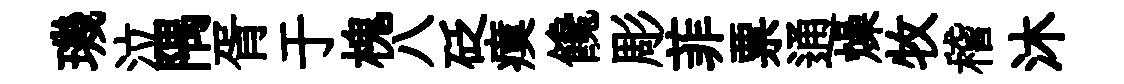
璣泣隅胥于槐八砭瘼饞彫菲票通燥牧稽沐